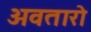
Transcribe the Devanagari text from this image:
अवतारो